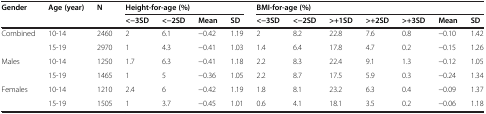
<table><thead><tr><td rowspan="2"><b>Gender</b></td><td rowspan="2"><b>Age (year)</b></td><td rowspan="2"><b>N</b></td><td colspan="4"><b>Height-for-age (%)</b></td><td colspan="7"><b>BMI-for-age (%)</b></td></tr><tr><td><b>&lt;−3SD</b></td><td><b>&lt;−2SD</b></td><td><b>Mean</b></td><td><b>SD</b></td><td><b>&lt;−3SD</b></td><td><b>&lt;−2SD</b></td><td><b>&gt;+1SD</b></td><td><b>&gt;+2SD</b></td><td><b>&gt;+3SD</b></td><td><b>Mean</b></td><td><b>SD</b></td></tr></thead><tbody><tr><td rowspan="2">Combined</td><td>10-14</td><td>2460</td><td>2</td><td>6.1</td><td>−0.42</td><td>1.19</td><td>2</td><td>8.2</td><td>22.8</td><td>7.6</td><td>0.8</td><td>−0.10</td><td>1.42</td></tr><tr><td>15-19</td><td>2970</td><td>1</td><td>4.3</td><td>−0.41</td><td>1.03</td><td>1.4</td><td>6.4</td><td>17.8</td><td>4.7</td><td>0.2</td><td>−0.15</td><td>1.26</td></tr><tr><td rowspan="2">Males</td><td>10-14</td><td>1250</td><td>1.7</td><td>6.3</td><td>−0.41</td><td>1.18</td><td>2.2</td><td>8.3</td><td>22.4</td><td>9.1</td><td>1.3</td><td>−0.12</td><td>1.05</td></tr><tr><td>15-19</td><td>1465</td><td>1</td><td>5</td><td>−0.36</td><td>1.05</td><td>2.2</td><td>8.7</td><td>17.5</td><td>5.9</td><td>0.3</td><td>−0.24</td><td>1.34</td></tr><tr><td>Females</td><td>10-14</td><td>1210</td><td>2.4</td><td>6</td><td>−0.42</td><td>1.19</td><td>1.8</td><td>8.1</td><td>23.2</td><td>6.3</td><td>0.4</td><td>−0.09</td><td>1.37</td></tr><tr><td> </td><td>15-19</td><td>1505</td><td>1</td><td>3.7</td><td>−0.45</td><td>1.01</td><td>0.6</td><td>4.1</td><td>18.1</td><td>3.5</td><td>0.2</td><td>−0.06</td><td>1.18</td></tr></tbody></table>